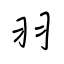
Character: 羽